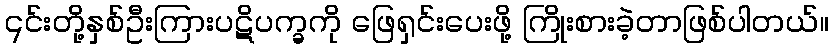
၎င်းတို့နှစ်ဦးကြားပဋိပက္ခကို ဖြေရှင်းပေးဖို့ ကြိုးစားခဲ့တာဖြစ်ပါတယ်။